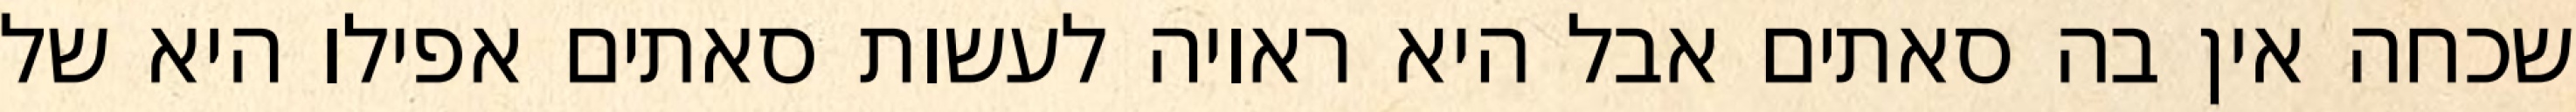
שכחה אין בה סאתים אבל היא ראויה לעשות סאתים אפילו היא של